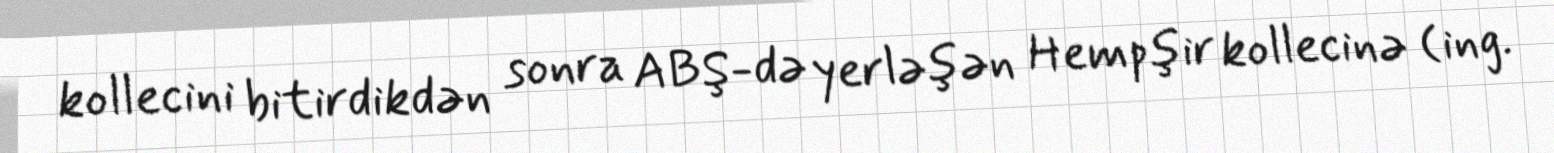
kollecini bitirdikdən sonra ABŞ-də yerləşən Hempşir kollecinə (ing.